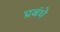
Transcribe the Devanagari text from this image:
प्रबंधे